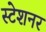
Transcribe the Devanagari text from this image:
स्टेशनर